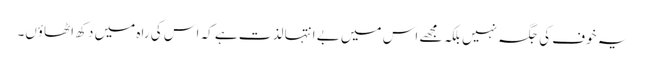
یہ خوف کی جگہ نہیں بلکہ مجھے اس میں بے انتہا لذت ہے کہ اس کی راہ میں دکھ اٹھاؤں۔